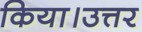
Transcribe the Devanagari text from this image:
किया।उत्तर